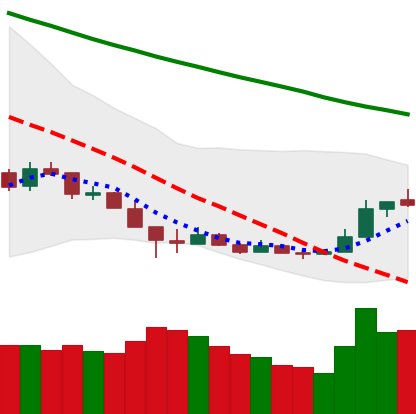
Ticker: LTC-USD
Chart end date: 2018-12-19
Forward return: 11.838%
Label: up_7plus